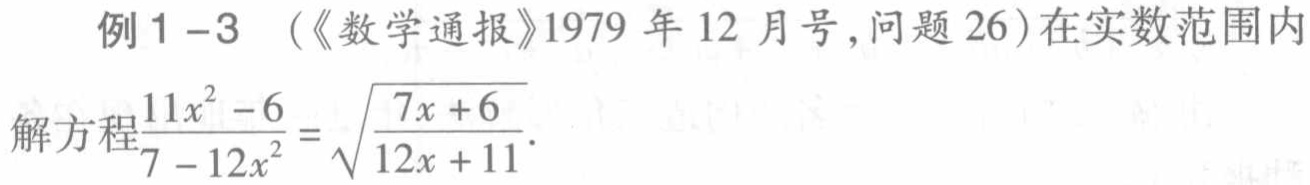
例1 - 3 （《数学通报》1979年12月号,问题26）在实数范围内

解方程\(\frac{11x^{2}-6}{7 - 12x^{2}}=\sqrt{\frac{7x + 6}{12x + 11}}\).